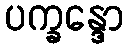
ပက္ခန္ဒော